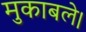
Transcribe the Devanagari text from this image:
मुकाबले।